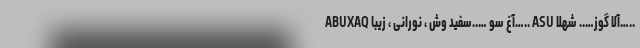
ABUXAQ آغ سو …..سفید وش ، نورانی ، زیبا….. ASU آلا گوز….. شهلا…..